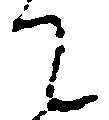
て